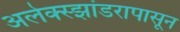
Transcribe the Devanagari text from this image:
अलेक्स्झांडरापासून